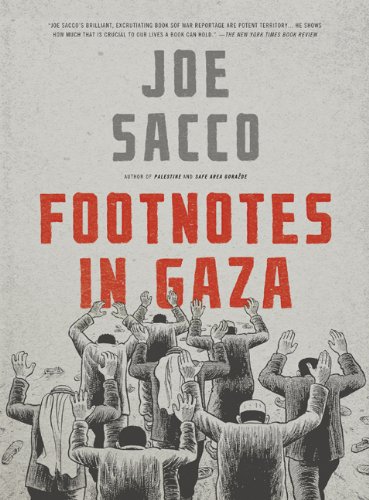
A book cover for Footnotes in Gaza: A Graphic Novel; Joe Sacco; Comics & Graphic Novels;